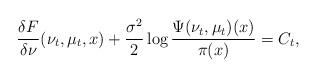
LaTeX: \begin{align*} \frac{\delta F}{\delta \nu}(\nu_t, \mu_t, x) + \frac{\sigma^2}{2}\log \frac{\Psi(\nu_t, \mu_t)(x)}{\pi(x)} = C_t,\end{align*}